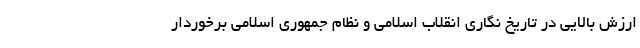
ارزش بالایی در تاریخ نگاری انقلاب اسلامی و نظام جمهوری اسلامی برخوردار